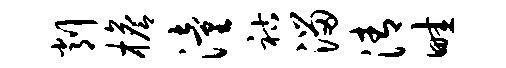
削檐潼祜溜清畦